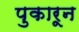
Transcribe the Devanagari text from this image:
पुकारून